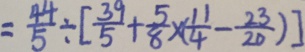
= \frac { 4 4 } { 5 } \div [ \frac { 3 9 } { 5 } + \frac { 5 } { 8 } \times ( \frac { 1 1 } { 4 } - \frac { 2 3 } { 2 0 } ) ]